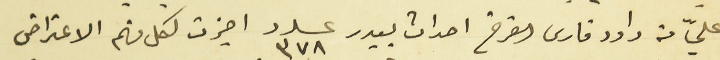
عليّ من داود فارس الفرخ احداث بيدر عدد ٣٧٨ اجزت لكل منهم الاعتراض